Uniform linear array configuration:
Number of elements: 8
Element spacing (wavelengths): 0.75
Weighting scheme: exponential
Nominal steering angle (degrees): -15
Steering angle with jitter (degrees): -16.728
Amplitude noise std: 0.05
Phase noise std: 0.05

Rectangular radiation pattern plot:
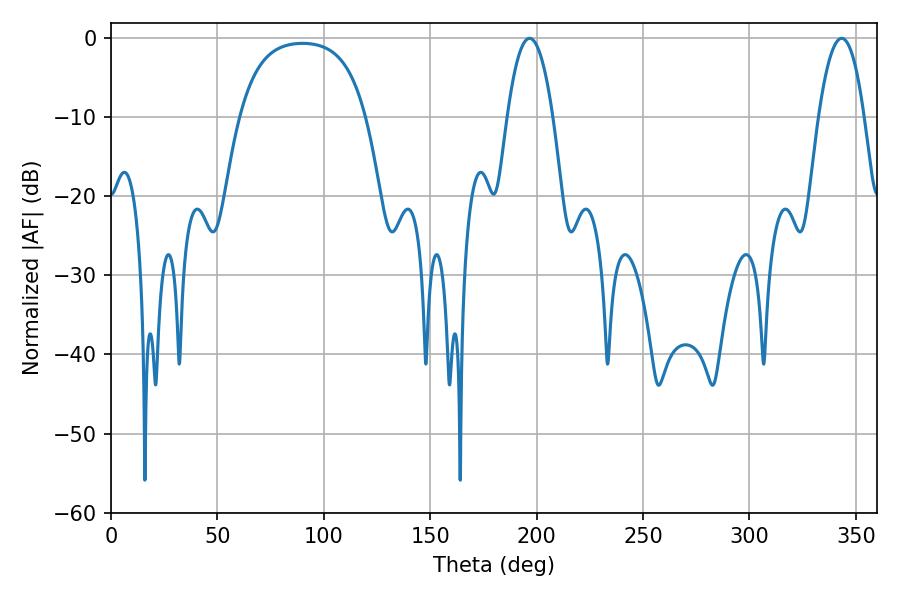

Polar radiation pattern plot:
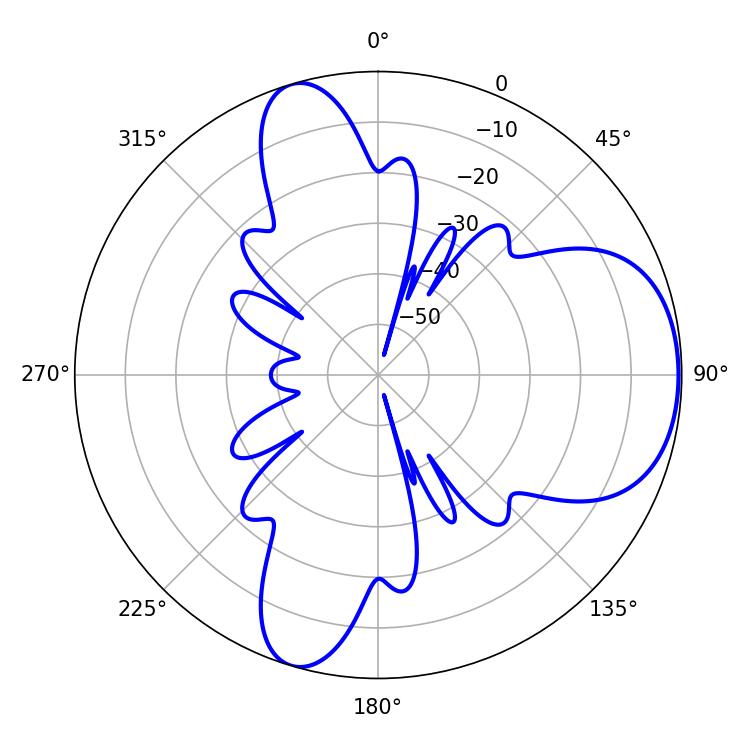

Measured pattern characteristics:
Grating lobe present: TRUE
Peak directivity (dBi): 6.341
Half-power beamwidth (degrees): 11.88
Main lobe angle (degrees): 196.74